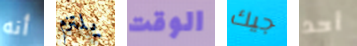
أنه يلتزم الوقت جيك أحد